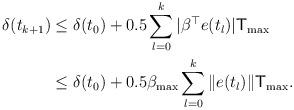
LaTeX: \begin{align*}\delta(t_{k+1})&\leq\delta(t_{0})+0.5\sum^{k}_{l=0}|\beta^{\top}e(t_{l})|\mathsf{T}_{\max} \\&\leq\delta(t_{0})+0.5\beta_{\max}\sum^{k}_{l=0}\|e(t_{l})\|\mathsf{T}_{\max}.\end{align*}